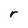
Character: r